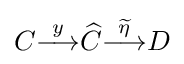
C{\overset {y}{\longrightarrow }}{\widehat {C}}{\overset {\widetilde {\eta }}{\longrightarrow }}D